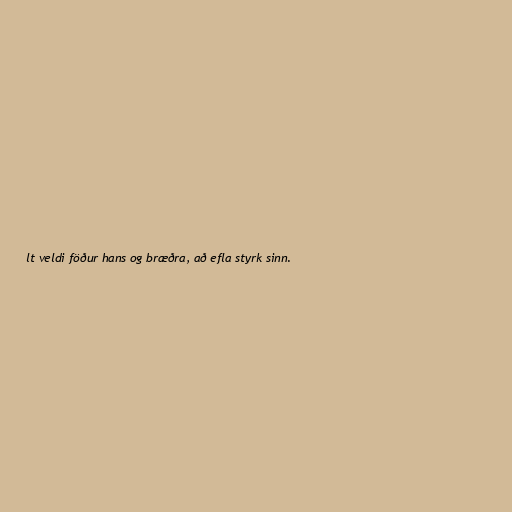
lt veldi föður hans og bræðra, að efla styrk sinn.